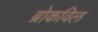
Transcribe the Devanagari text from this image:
ब्रोकविल